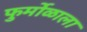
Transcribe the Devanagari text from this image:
फुर्मोळाला